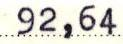
92,64